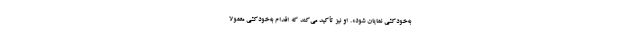
به‌خودکشی نمایان شود». او نیز تأکید می‌کند که اقدام به‌خودکشی معمولا